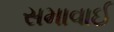
સમાવાઈ